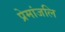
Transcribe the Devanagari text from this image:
प्रेमांजलि